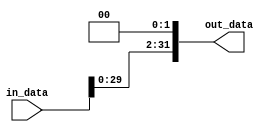
`timescale 1ns / 1ps

module shift_module(
  input [31:0] in_data,
  output [31:0] out_data
);

  assign out_data = in_data << 2;

endmodule